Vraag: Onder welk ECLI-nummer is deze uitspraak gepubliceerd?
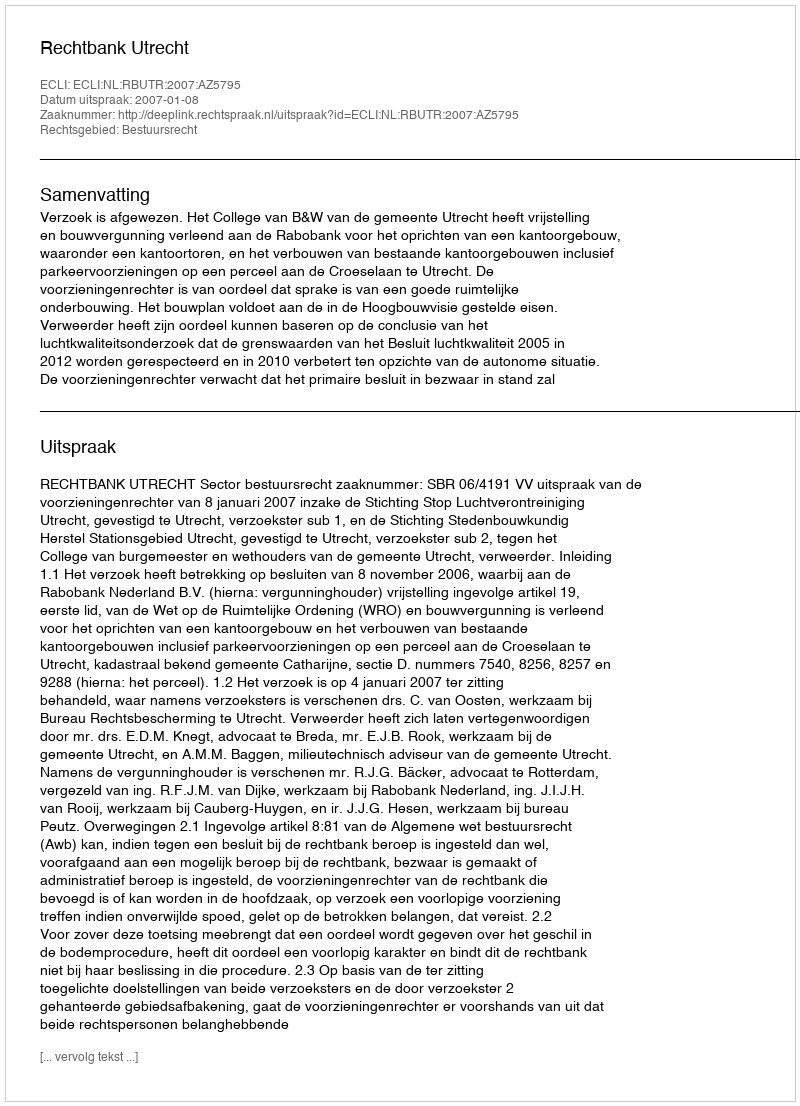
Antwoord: ECLI:NL:RBUTR:2007:AZ5795